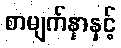
စာမျက်နှာနှင့်